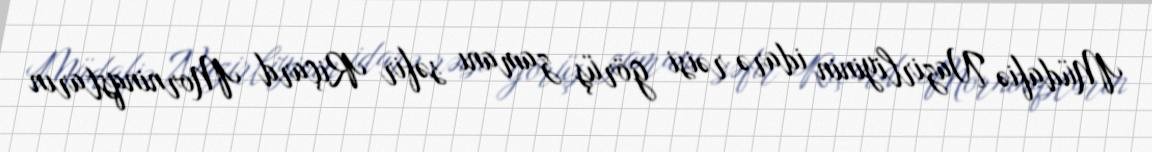
Müdafiə Nazirliyinin idarə rəisi görüş zamanı səfir Riçard Morninqstarın